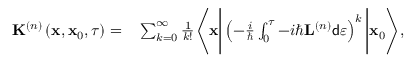
\begin{array} { r l } { \mathbf { K } ^ { \left( n \right) } \left( \mathbf { x } , \mathbf { x } _ { 0 } , \tau \right) = } & { { } \sum _ { k = 0 } ^ { \infty } \frac { 1 } { k ! } \Bigg \langle \mathbf { x } \Bigg \vert \left( - \frac { i } { \hbar } \int _ { 0 } ^ { \tau } - i \hbar \mathbf { L } ^ { \left( n \right) } \mathsf { d } \varepsilon \right) ^ { k } \Bigg \vert \mathbf { x } _ { 0 } \Bigg \rangle , } \end{array}